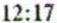
12:17